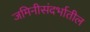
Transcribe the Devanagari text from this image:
जमिनीसंदर्भातील